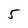
Character: 5